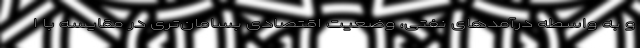
و به واسطه درآمدهای نفتی، وضعیت اقتصادی بسامان‌تری در مقایسه با ا